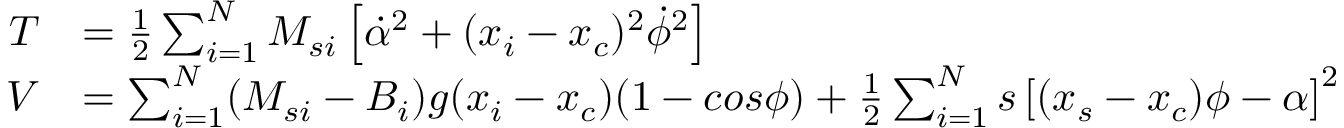
\begin{array} { r l } { T } & { = \frac { 1 } { 2 } \sum _ { i = 1 } ^ { N } M _ { s i } \left[ \dot { \alpha } ^ { 2 } + ( x _ { i } - x _ { c } ) ^ { 2 } \dot { \phi } ^ { 2 } \right] } \\ { V } & { = \sum _ { i = 1 } ^ { N } ( M _ { s i } - B _ { i } ) g ( x _ { i } - x _ { c } ) ( 1 - c o s \phi ) + \frac { 1 } { 2 } \sum _ { i = 1 } ^ { N } s \left[ ( x _ { s } - x _ { c } ) \phi - \alpha \right] ^ { 2 } } \end{array}